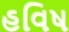
હવિષ